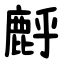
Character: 䴣